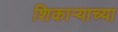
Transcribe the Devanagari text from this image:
शिकाऱ्याच्या